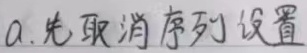
a. 先取消序列设置